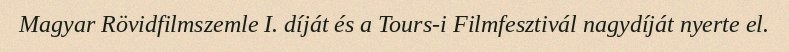
Magyar Rövidfilmszemle I. díját és a Tours-i Filmfesztivál nagydíját nyerte el.